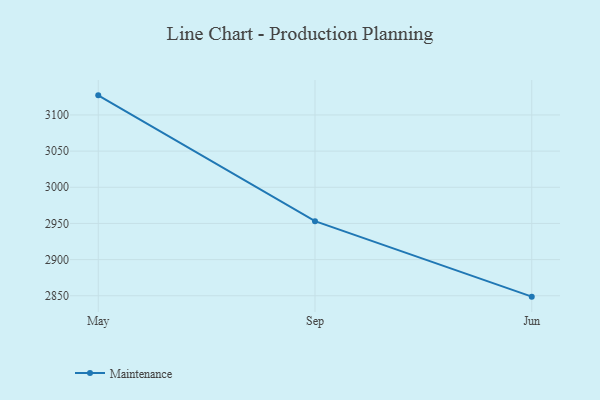
{"axis": {"x": "Month", "y": "Bounce Rate (%)"}, "legend": ["Maintenance"], "data": [{"x": "May", "y": 3127.1, "type": "Maintenance"}, {"x": "Sep", "y": 2953.1, "type": "Maintenance"}, {"x": "Jun", "y": 2848.8, "type": "Maintenance"}]}